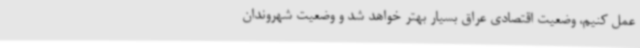
عمل کنیم، وضعیت اقتصادی عراق بسیار بهتر خواهد شد و وضعیت شهروندان